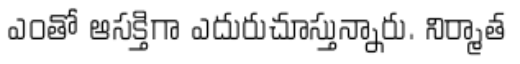
ఎంతో ఆసక్తిగా ఎదురుచూస్తున్నారు. నిర్మాత